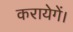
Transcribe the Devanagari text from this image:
करायेगें।